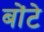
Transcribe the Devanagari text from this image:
बोंटे